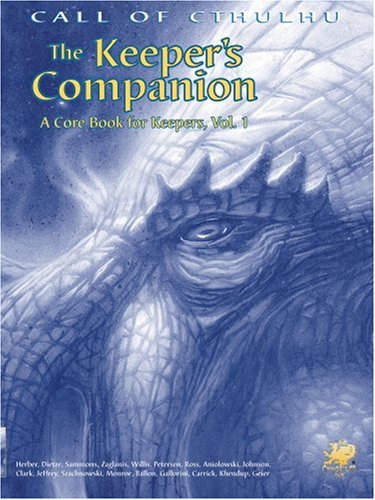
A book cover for The Keeper's Companion: Blasphemous Knowledge, Forbidden Secrets: A Core Book for Keepers, Vol. 1 (Call of Cthulhu Horror Roleplaying, #2388); Keith Herber; Science Fiction & Fantasy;